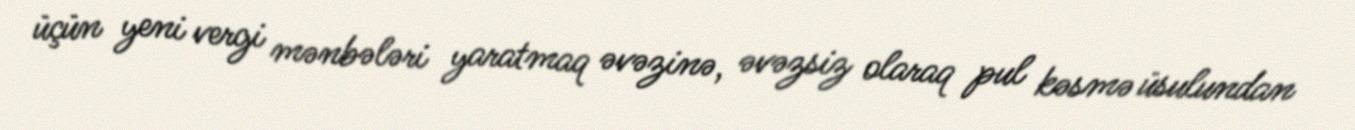
üçün yeni vergi mənbələri yaratmaq əvəzinə, əvəzsiz olaraq pul kəsmə üsulundan